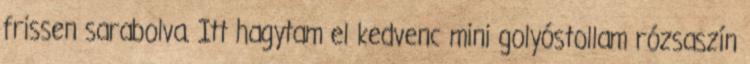
frissen sarabolva. Itt hagytam el kedvenc mini golyóstollam rózsaszín